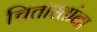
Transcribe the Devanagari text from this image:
चितारतांना